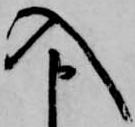
入